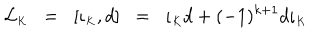
{ \cal L } _ { \scriptscriptstyle K } \; \; = \; \; [ \iota _ { \scriptscriptstyle K } , d ] \; \; = \; \; \iota _ { \scriptscriptstyle K } d + ( - 1 ) ^ { k + 1 } d \iota _ { \scriptscriptstyle K }